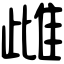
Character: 雌